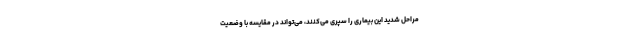
مراحل شدید این بیماری را سپری می‌کنند، می‌تواند در مقایسه با وضعیت